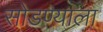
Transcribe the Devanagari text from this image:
सोडण्याला